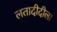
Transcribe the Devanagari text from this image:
लतादीदीला